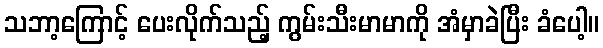
သဘာ့ကြောင့် ပေးလိုက်သည့် ကွမ်းသီးမာမာကို အံမှာခဲပြီး ခံပေါ့။